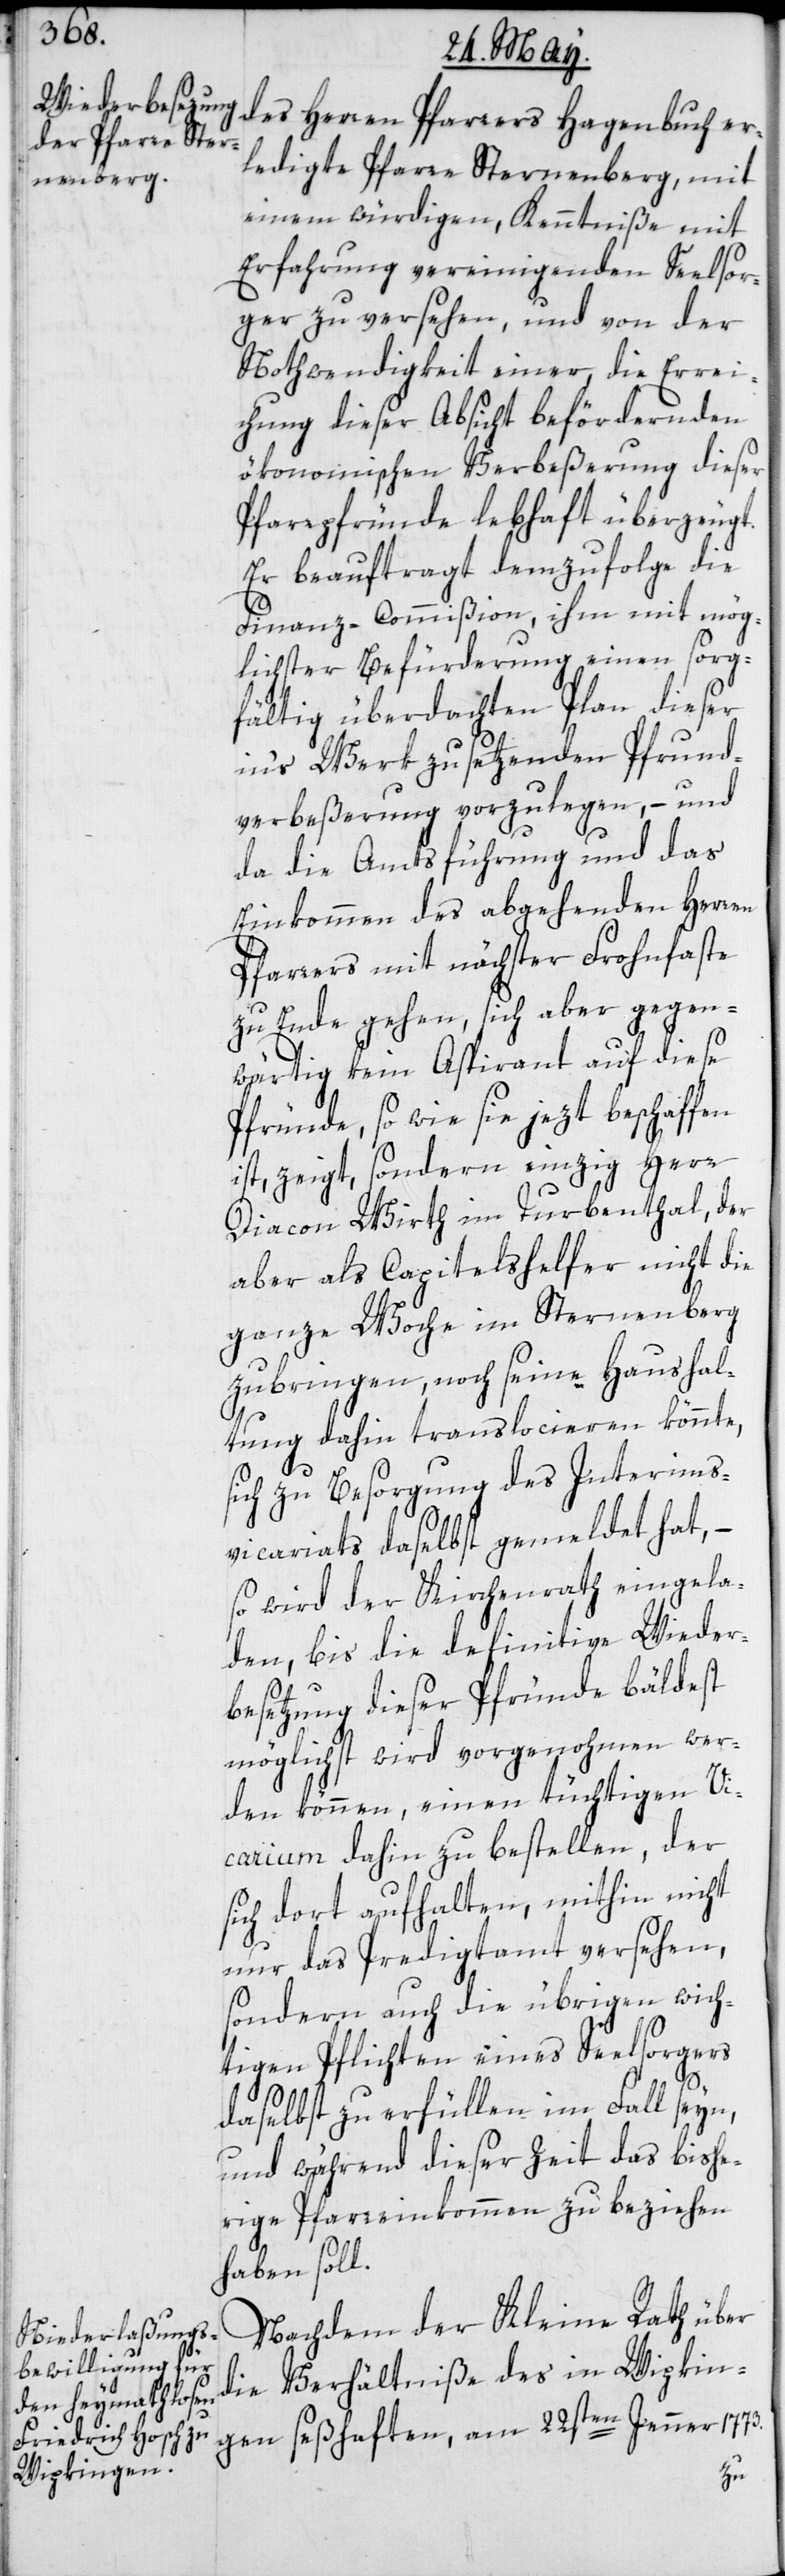
ledigte Pfarre Sternenberg, mit
einem würdigen, Kenntniße mit
Erfahrung vereinigenden Seelsor¬
ger zu versehen, und von der
Nothwendigkeit einer, die Errei¬
chung dieser Absicht befördernden
ökonomischen Verbeßerung dieser
Pfarrpfründe lebhaft überzeugt.
Er beauftragt demzufolge die
Finanz-Commißion, ihm mit mög¬
lichster Befürderung einen sorg¬
fältig überdachten Plan dieser
in’s Werk zu setzenden Pfrund¬
verbeßerung vorzulegen, – und
da die Amtsführung und das
Einkommen des abgehenden Herren
Pfarrers mit nächster Frohnfaste
zu Ende gehen, sich aber gegen¬
wärtig kein Aspirant auf diese
Pfründe, so wie sie jezt beschaffen
ist, zeigt, sondern einzig Herr
Diacon Wirth im Turbenthal, der
aber als Capitelshelfer nicht die
ganze Woche im Sternenberg
zubringen, noch seine Haushal¬
tung dahin translocieren könnte,
sich zu Besorgung des Interims¬
vicariats daselbst gemeldet hat, –
so wird der Kirchgenrath eingela¬
den, bis die definitive Wieder¬
besetzung dieser Pfründe bäldest
möglichst wird vorgenohmen wer¬
den können, einen tüchtigen Vi¬
carium dahin zu bestellen, der
sich dort aufhalten, mithin nicht
nur das Predigtamt versehen,
sondern auch die übrigen wich¬
tigen Pflichten eines Seelsorgers
daselbst zu erfüllen im Fall seyn,
und während dieser Zeit das bishe¬
rige Pfarreinkommen zu beziehen
haben soll.
Nachdem der Kleine Rath über
die Verhältniße des in Wipkin¬
gen seßhaften, am 22sten Jenner 1773.
er¬